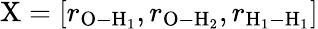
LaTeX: \mathrm{X}=[r_{\mathrm{O-H}_{1}},r_{\mathrm{O-H}_{2}},r_{\mathrm{H}_{1}-\mathrm{H}_{1}}]